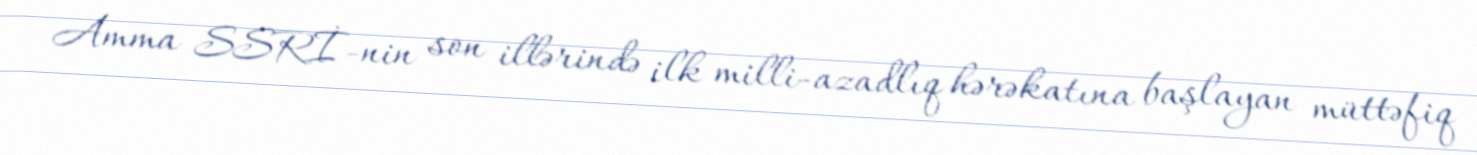
Amma SSRİ-nin son illərində ilk milli-azadlıq hərəkatına başlayan müttəfiq